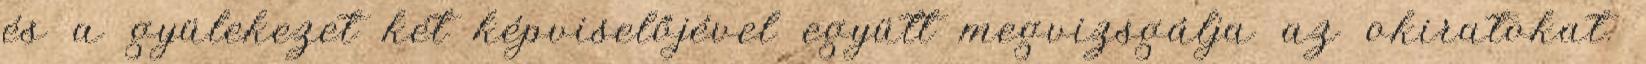
és a gyülekezet két képviselőjével együtt megvizsgálja az okiratokat.